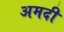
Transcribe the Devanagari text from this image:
अमदी